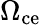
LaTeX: \Omega_{\mathrm{ce}}